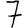
Digit: 7